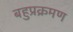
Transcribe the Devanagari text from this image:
बहुप्रक्रमण